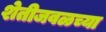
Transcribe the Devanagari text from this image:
शेतीजवळच्या